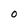
Character: O